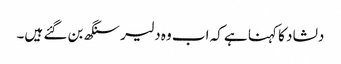
دلشاد کا کہنا ہے کہ اب وہ دلیر سنگھ بن گئے ہیں۔